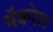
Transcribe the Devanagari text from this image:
मॅकरेल